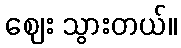
ဈေး သွားတယ်။